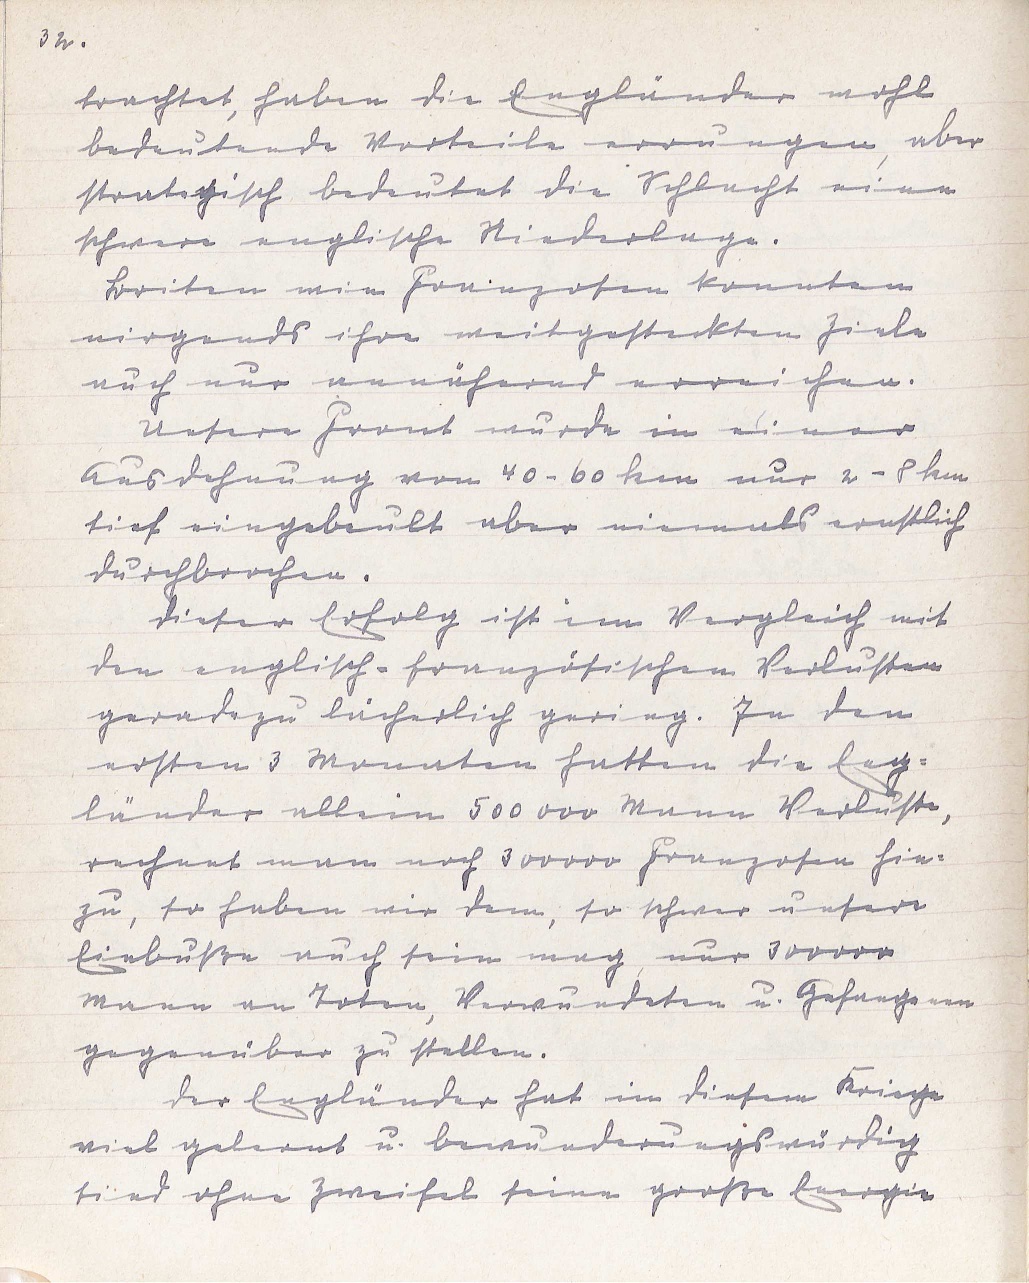
32.
trachtet, haben die Engländer wohl
bedeutende Vorteile errungen, aber
strategisch bedeutet die Schlacht eine
schwere englische Niederlage.
Briten wie Franzosen konnten
nirgends ihre weitgesteckten Ziele
auch nur annähernd erreichen.
Unsere Front wurde in einer
Ausdehnung von 40 - 60 km nur 2 - 8 km
tief eingebeult aber niemals ernstlich
durchbrochen.
Dieser Erfolg ist im Vergleich mit
den englisch-französischen Verlusten
geradezu lächerlich gering. In den
ersten 3 Monaten hatten die Eng¬
länder allein 500 000 Mann Verluste,
rechnet man noch 300000 Franzosen hin¬
zu, so haben wir denn, so schwer unsere
Einbuße auch sein mag, nur 300000
Mann an Toten, Verwundeten u. Gefangenen
gegenüber zu stellen.
Der Engländer hat in diesem Kriege
viel gelernt u. bewunderungswürdig
sind ohne Zweifel seine große Energie